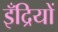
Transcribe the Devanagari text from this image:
इँद्रियों